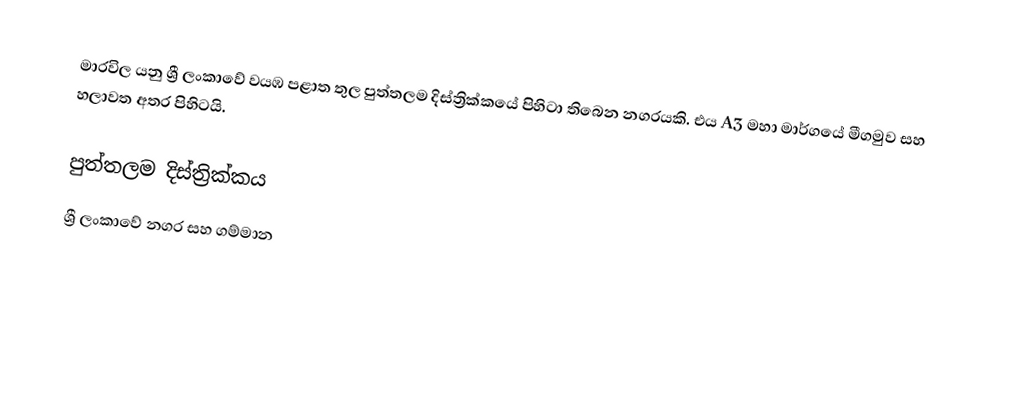
මාරවිල යනු ශ්‍රී ලංකාවේ වයඹ පළාත තුල පුත්තලම දිස්ත්‍රික්කයේ පිහිටා තිබෙන නගරයකි. එය A3 මහා මාර්ගයේ මීගමුව සහ හලාවත අතර පිහිටයි.

පුත්තලම දිස්ත්‍රික්කය
ශ්‍රී ලංකාවේ නගර සහ ගම්මාන